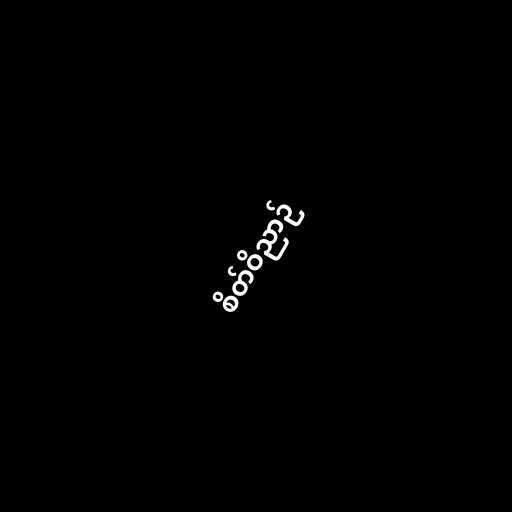
စိတ်ဝိညာဉ်